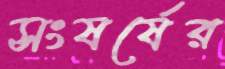
সংষর্ষের